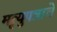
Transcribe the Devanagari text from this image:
मृत्युपत्राचे